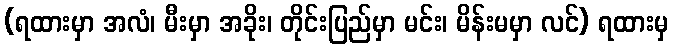
(ရထားမှာ အလံ၊ မီးမှာ အခိုး၊ တိုင်းပြည်မှာ မင်း၊ မိန်းမမှာ လင်) ရထားမှ